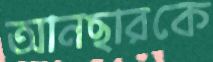
আনছারকে